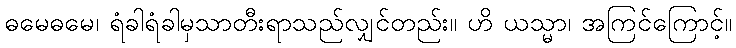
ဓမေဓမေ၊ ရံခါရံခါမှသာတီးရာသည်လျှင်တည်း။ ဟိ ယသ္မာ၊ အကြင်ကြောင့်။